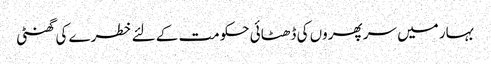
بہار میں سر پھروں کی ڈھٹائی حکومت کے لئے خطرے کی گھنٹی